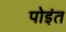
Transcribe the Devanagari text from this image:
पोइंत